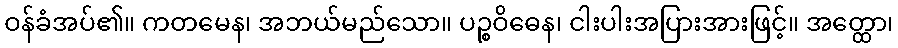
ဝန်ခံအပ်၏။ ကတမေန၊ အဘယ်မည်သော။ ပဉ္စဝိဓေန၊ ငါးပါးအပြားအားဖြင့်။ အတ္ထော၊